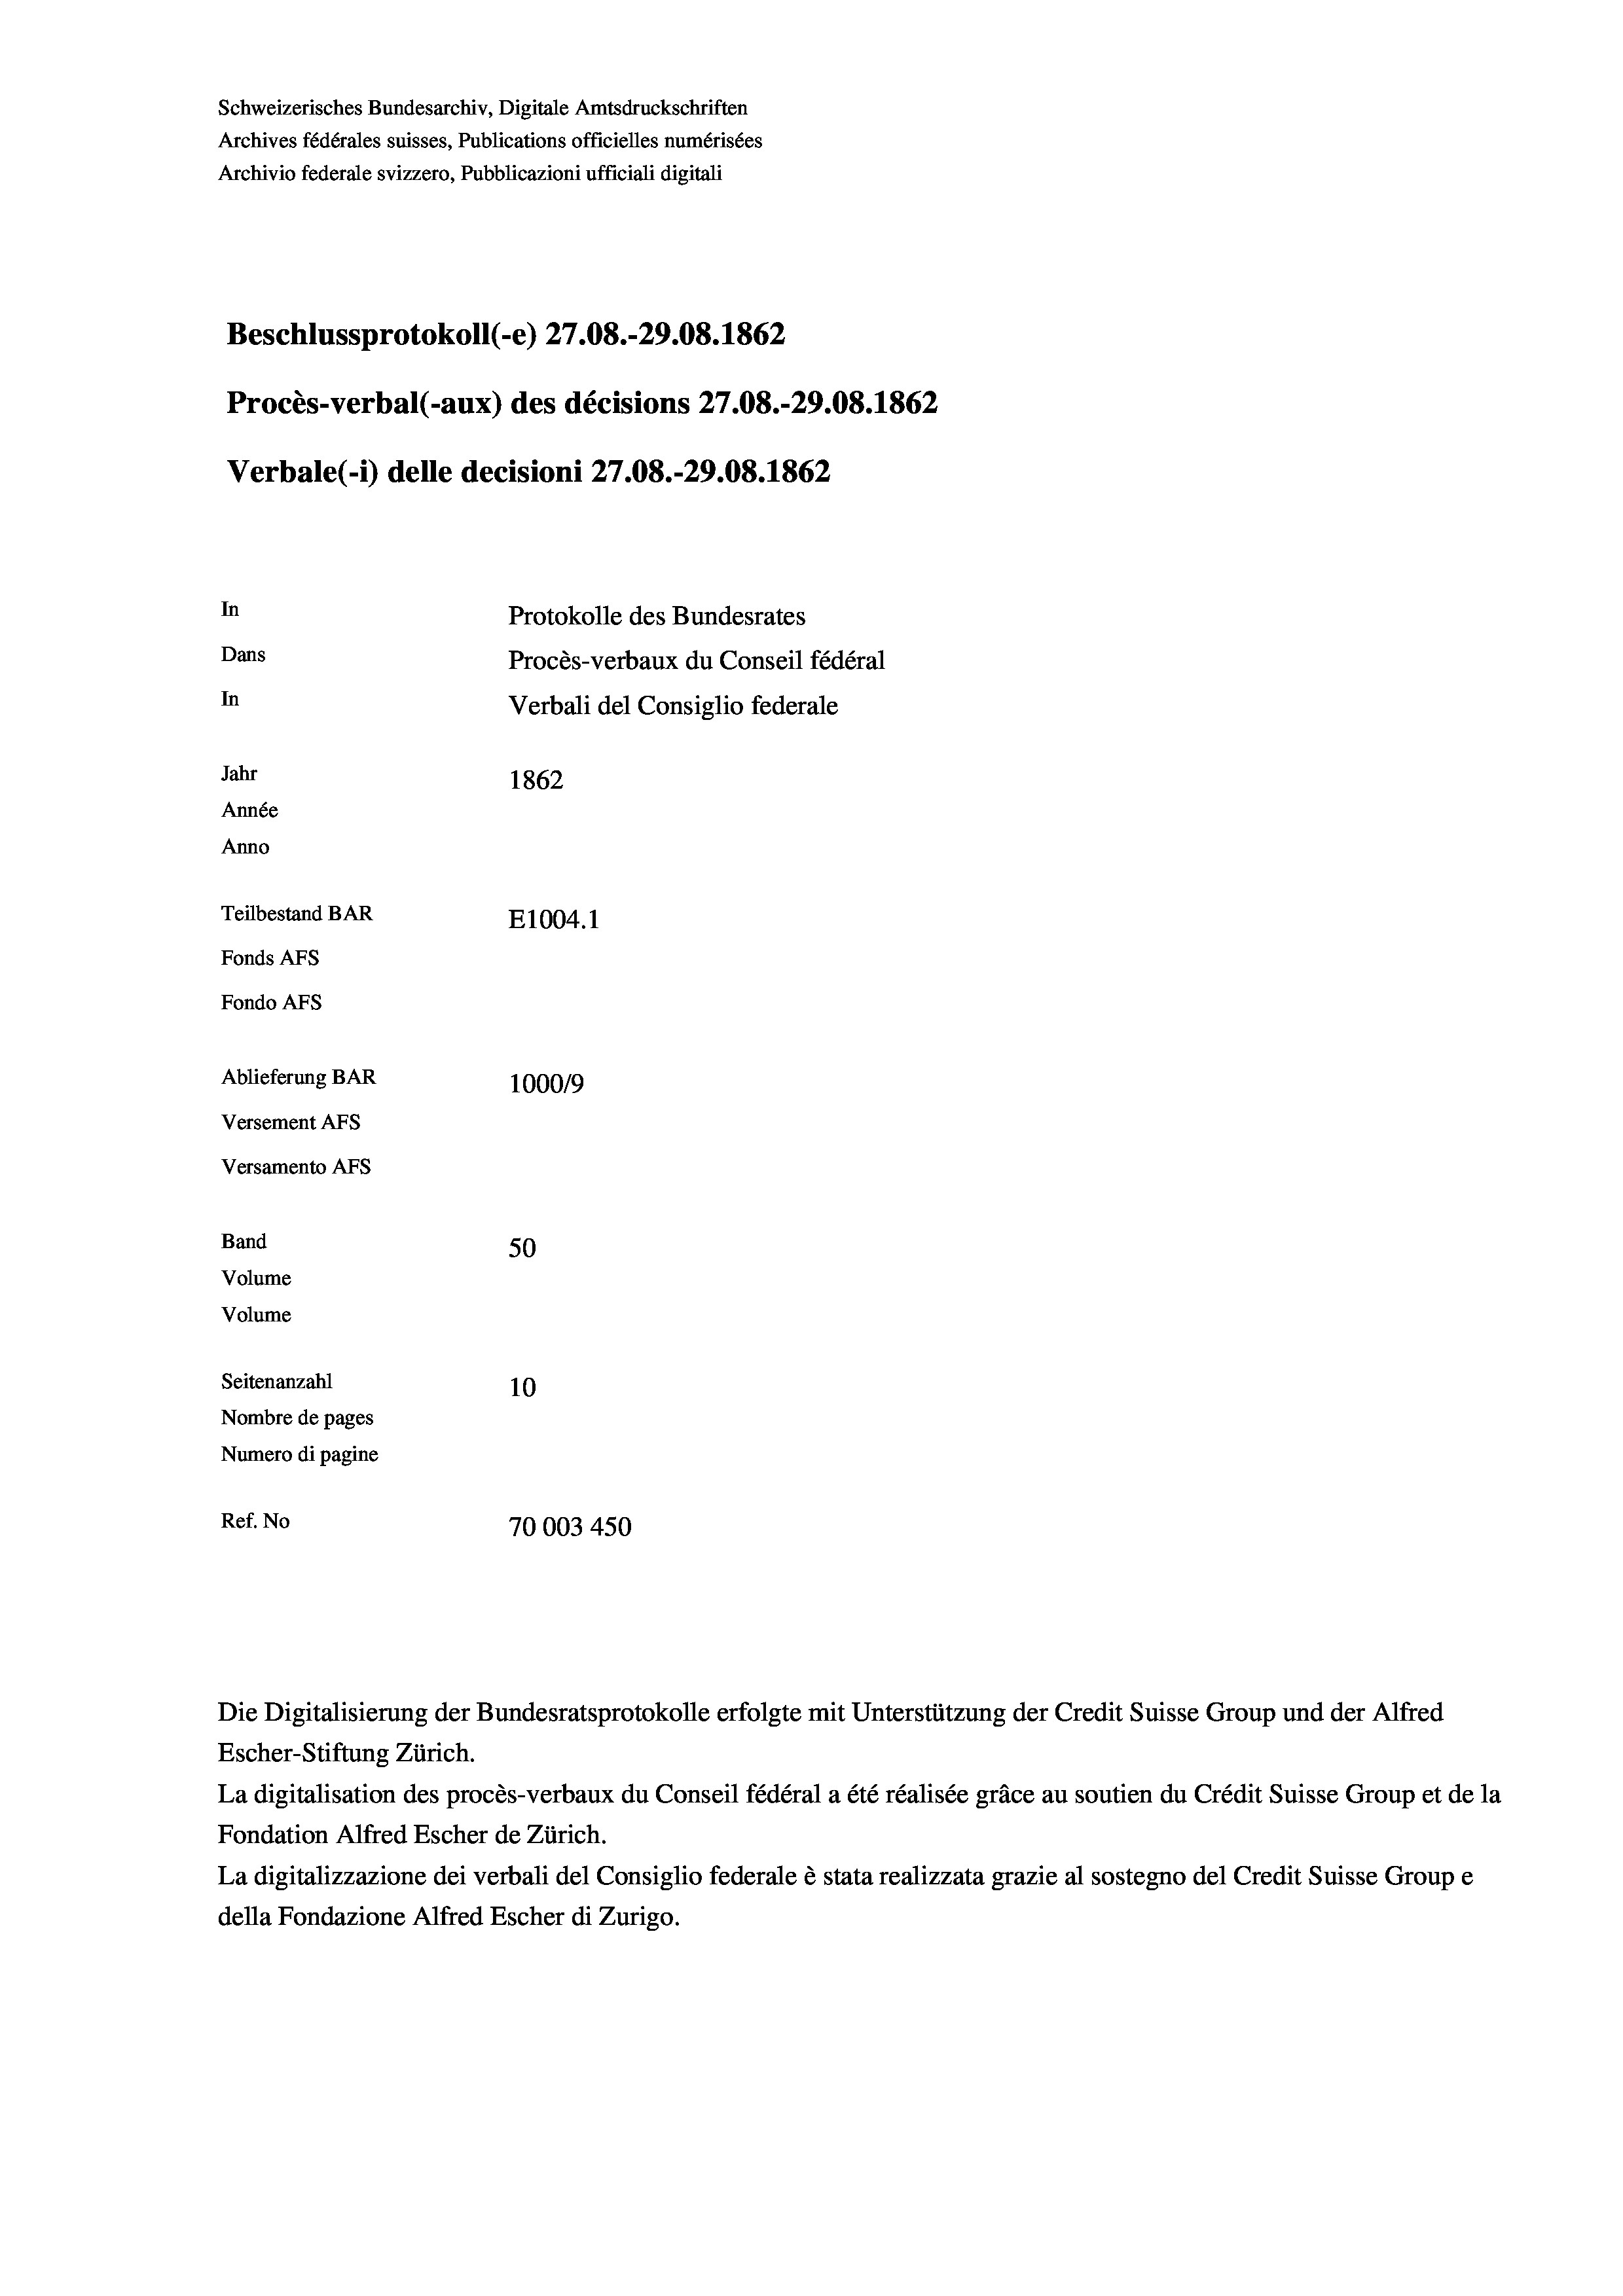
Schweizerisches Bundesarchiv, Digitale Amtsdruckschriften
Archives fédérales suisses, Publications officielles numérisées
Archivio federale svizzero, Pubblicazioni ufficiali digitali
Beschlussprotokoll (-e) 27.08.-29.08. 1862
Procès-verbal (-aux) des décisions 27.08.-29.08. 1862
Verbale (- 1) delle decisioni 27.08.-29.08. 1862
In
Protokolle des Bundesrates
Dans
Procès-verbaux du Conseil fédéral
In
Verbali del Consiglio federale
Jahr
1862
Année
Anno
Teilbestand BAR
E1004.1
Fonds AFs
Fondo AFS
Ablieferung BAR
100019
Versement As
Versamento Afs
Band
50
Volume
Volume
Seitenanzahl
10

Nombre de pages
Numero di pagine
Ref. No
70003 450

Escher-Stiftung Zürich.
La digitalisation des procès-verbaux du Conseil fédéral a été réalisée gräce au soutien du Crédit Suisse Group et de la
Fondation Alfred Escher de Zürich.
La digitalizzazione dei verbali del Consiglio federale è stata realizzata grazie al sostegno del Credit Suisse Groupe
della Fondazione Alfred Escher di Zurigo.

Die Digitalisierung der Bundesratsprotokolle erfolgte mit Unterstützung der Credit Suisse Group und der Alfred